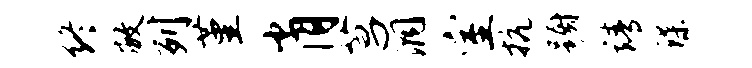
终敝列堇肖菖洞室抗蹰靖蝶